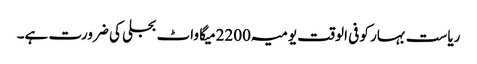
ریاست بہار کو فی الوقت یومیہ 2200میگا واٹ بجلی کی ضرورت ہے۔